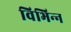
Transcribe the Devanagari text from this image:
विभिन्‍न